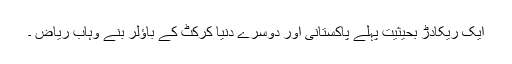
ایک ریکادڑ بحیثیت پہلے پاکستانی اور دوسرے دُنیا کرکٹ کے باؤلر بنے وہاب ریاض ۔